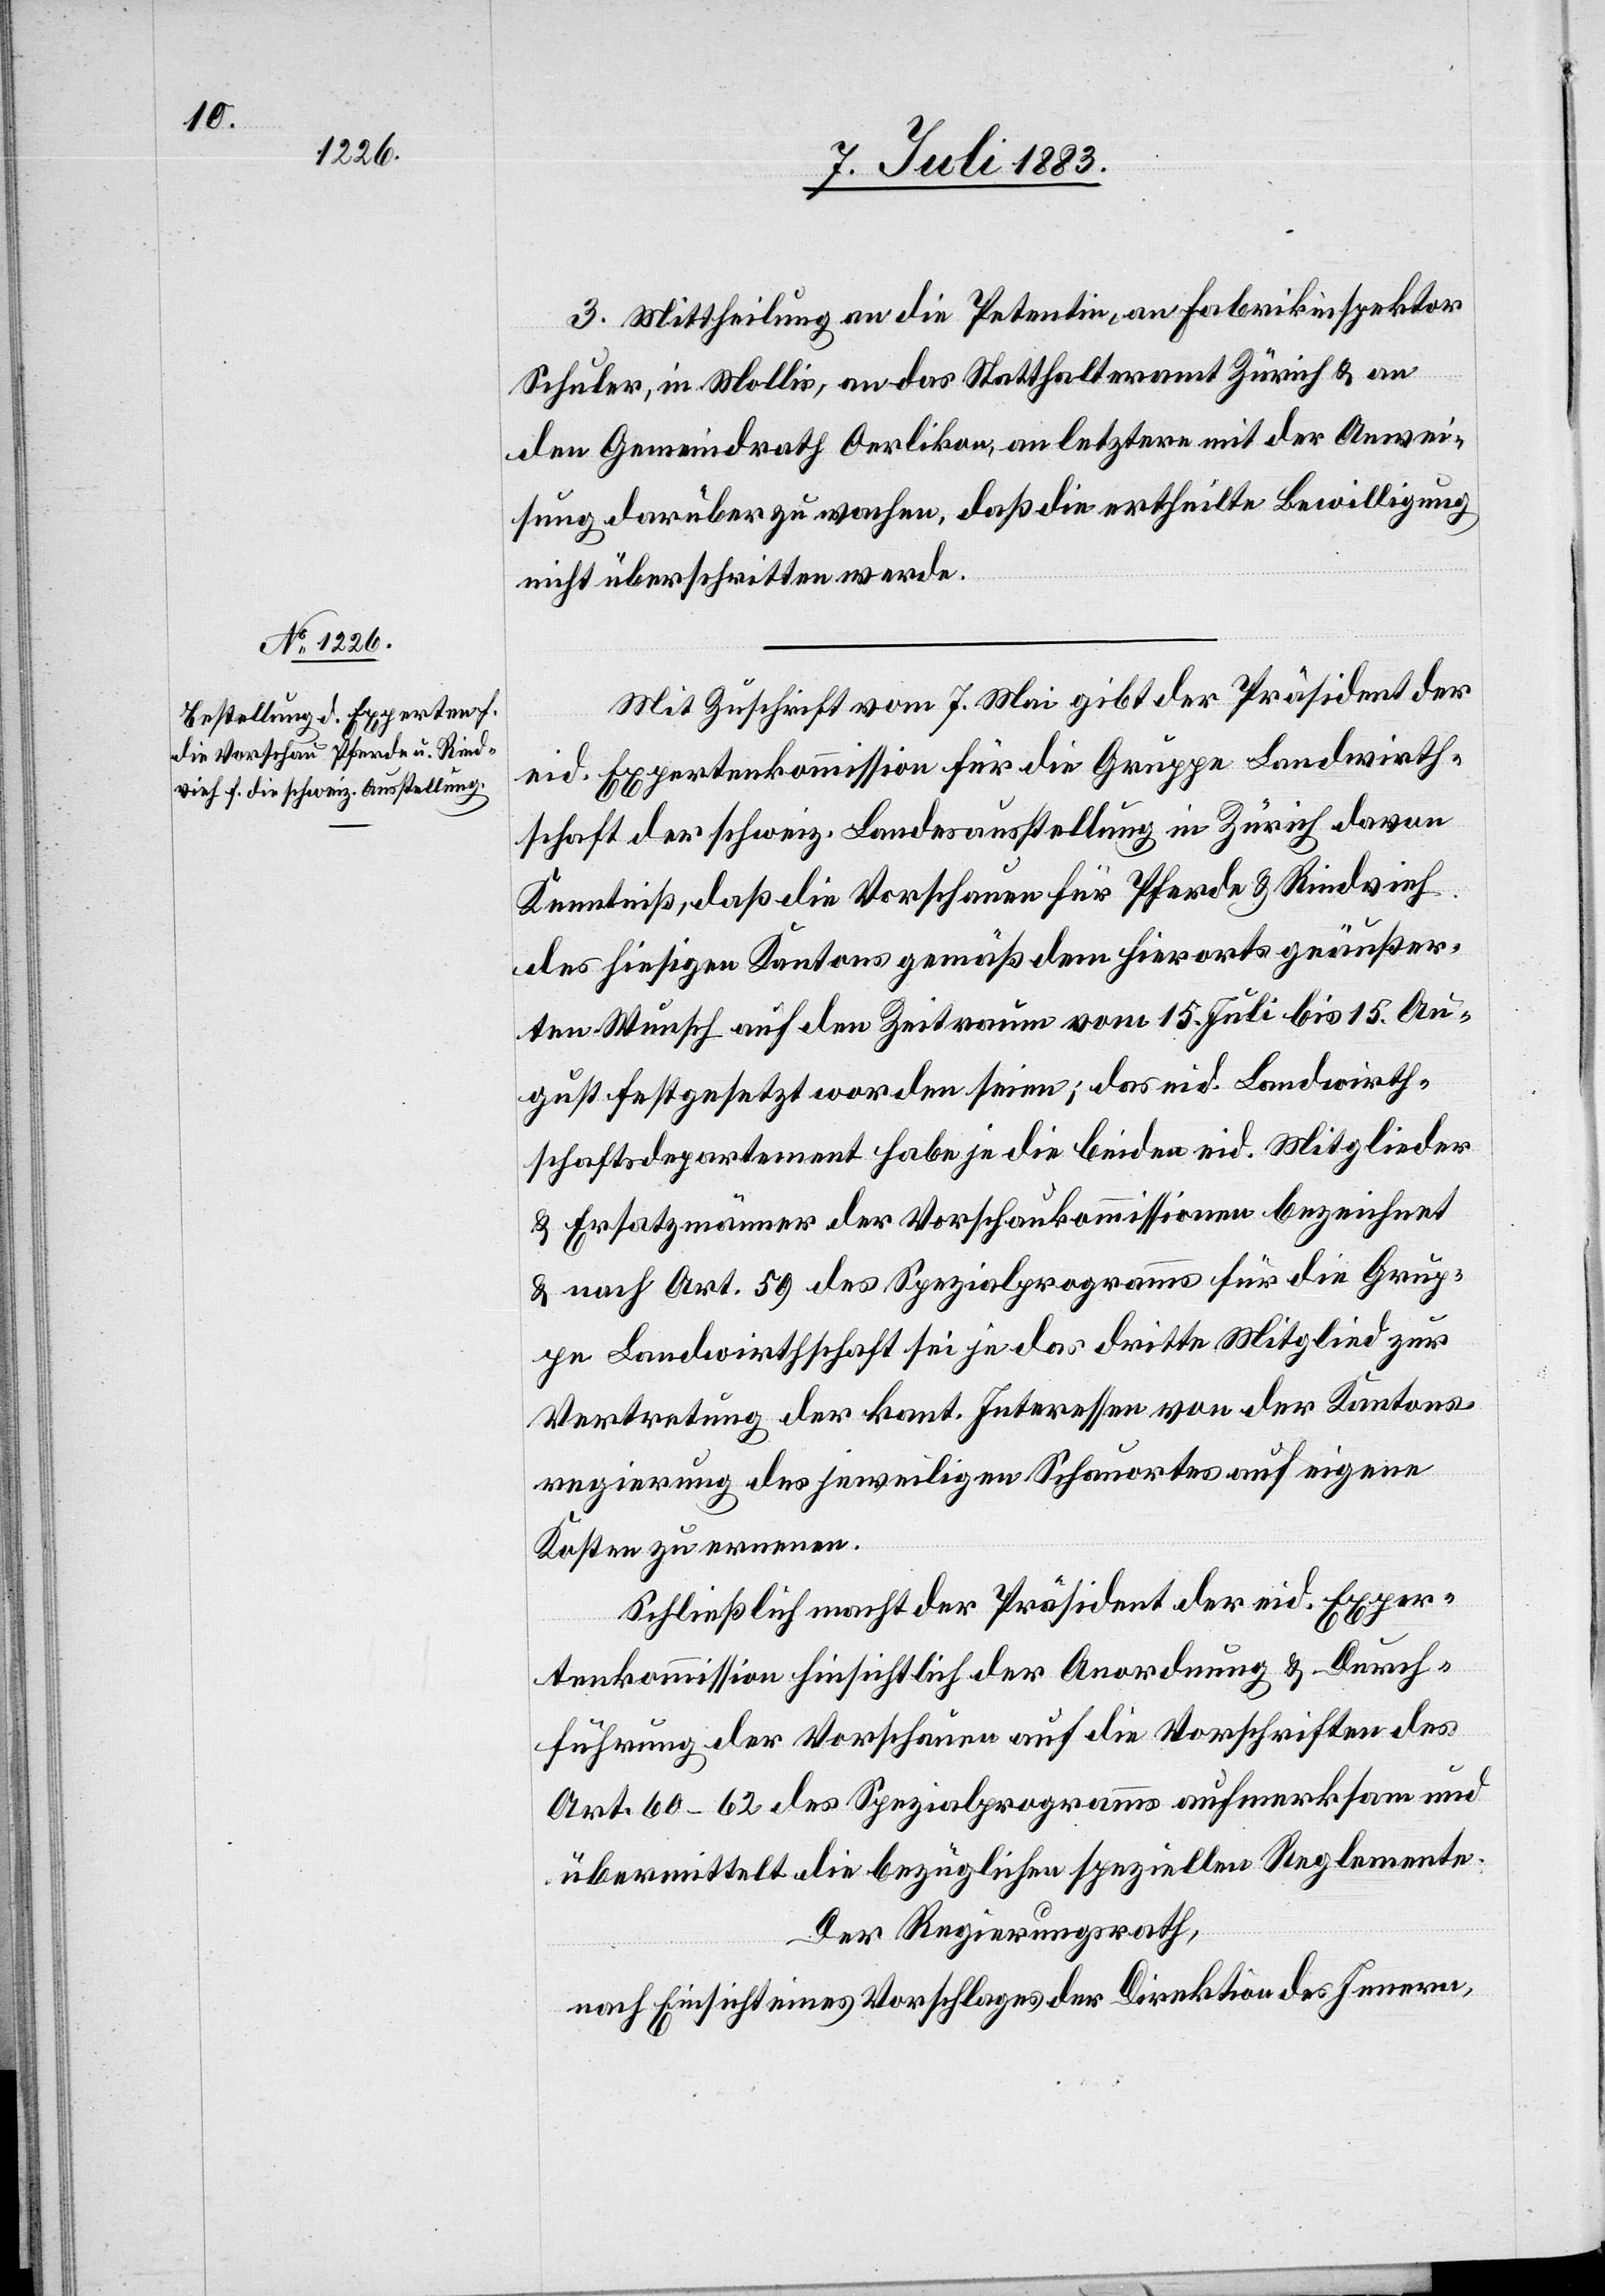
3. Mittheilung an die Petentin, an Fabrikinspektor
Schuler, in Mollis, an das Statthalteramt Zürich & an
den Gemeindrath Oerlikon, an letztere mit der Anwei¬
sung darüber zu wachen, daß die ertheilte Bewilligung
nicht überschritten werde.
Mit Zuschrift vom 7. Mai gibt der Präsident der
eid. Expertenkommission für die Gruppe Landwirth¬
schaft der schweiz. Landesausstellung in Zürich davon
Kenntniß, daß die Vorschauen für Pferde & Rindvieh
des hiesigen Kantons gemäß dem hierorts geäußer¬
ten Wunsch auf den Zeitraum vom 15. Juli bis 15. Au¬
gust festgesetzt worden seien; das eid. Landwirth¬
schaftsdepartement habe je die beiden eid. Mitglieder
& Ersatzmänner der Vorschaukommissionen bezeichnet
& nach Art. 59 des Spezialprogramms für die Grup¬
pe Landwirthschaft sei je das dritte Mitglied zur
Vertretung der kant. Interessen von der Kantons¬
regierung des jeweiligen Schauortes auf eigene
Kosten zu ernennen.
Schließlich macht der Präsident der eid. Exper¬
tenkommission hinsichtlich der Anordnung & Durch¬
führung der Vorschauen auf die Vorschriften des
Art. 60–62 des Spezialprogramms aufmerksam und
übermittelt die bezüglichen speziellen Reglemente.
Der Regierungsrath,
nach Einsicht eines Antrages der Direktion des Innern,